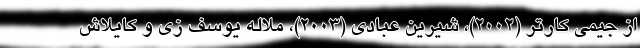
از جیمی کارتر (۲۰۰۲)، شیرین عبادی (۲۰۰۳)، ملاله یوسف زی و کایلاش